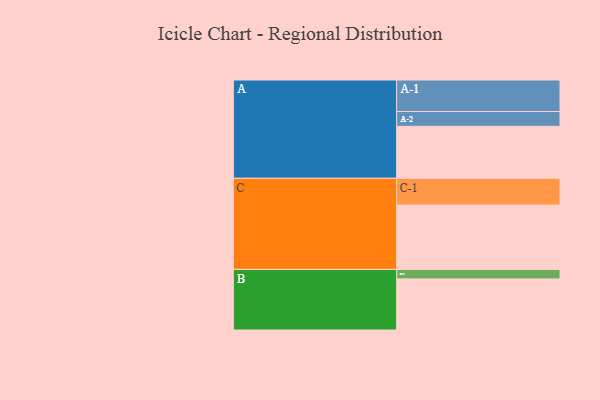
{"axis": {"x": "Segment", "y": "Value"}, "legend": ["", "A", "B", "C"], "data": [{"x": "A", "y": 477, "type": ""}, {"x": "B", "y": 469, "type": ""}, {"x": "C", "y": 590, "type": ""}, {"x": "A-1", "y": 289, "type": "A"}, {"x": "A-2", "y": 136, "type": "A"}, {"x": "B-1", "y": 87, "type": "B"}, {"x": "C-1", "y": 246, "type": "C"}]}